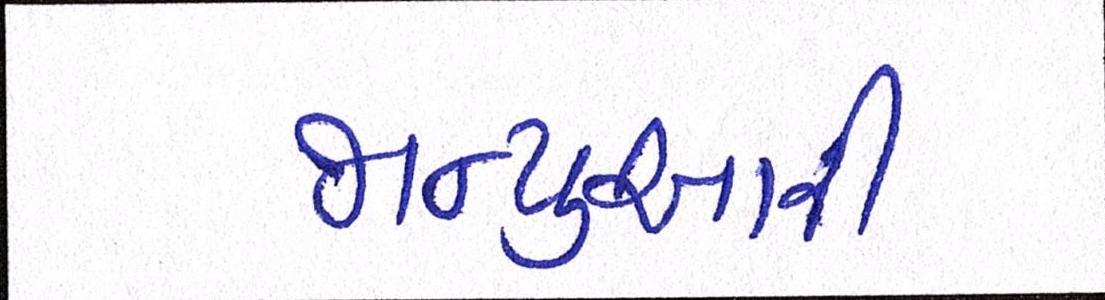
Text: જાન્યુઆરી